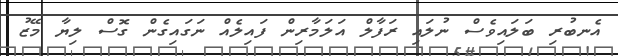
އެނބުރި ބަލައިވެސް ނުލައި ރަފާލް އަލަމާރިން ފައިލެއް ނަގައިގެން ގޮސް ލިޔާ މޭޒު